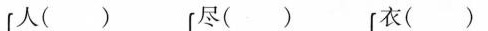
人( ) 尽( ) 衣( )